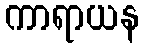
ကာရာယန